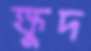
ক্ষুদ